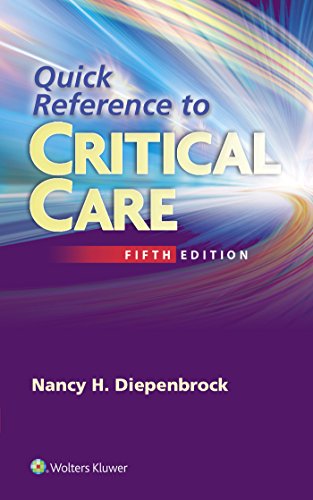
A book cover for Quick Reference to Critical Care; Nancy Diepenbrock RN  CCRN; Medical Books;